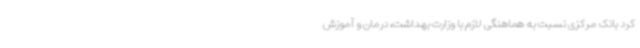
کرد بانک مرکزی نسبت به هماهنگی لازم با وزارت بهداشت، درمان و آموزش